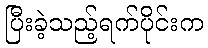
ပြီးခဲ့သည့်ရက်ပိုင်းက